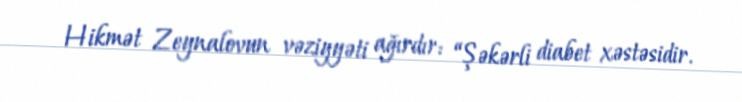
Hikmət Zeynalovun vəziyyəti ağırdır: “Şəkərli diabet xəstəsidir.